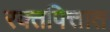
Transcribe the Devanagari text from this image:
रक्तपित्तात